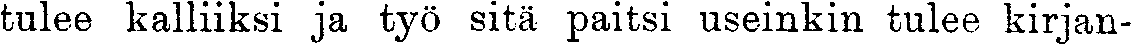
tulee kalliiksi ja työ sitä paitsi useinkin tulee kirjan-